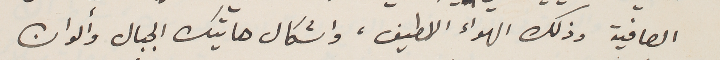
الصافية وذلك الهواء اللطيف، واشكال هاتيك الجبال وألوان